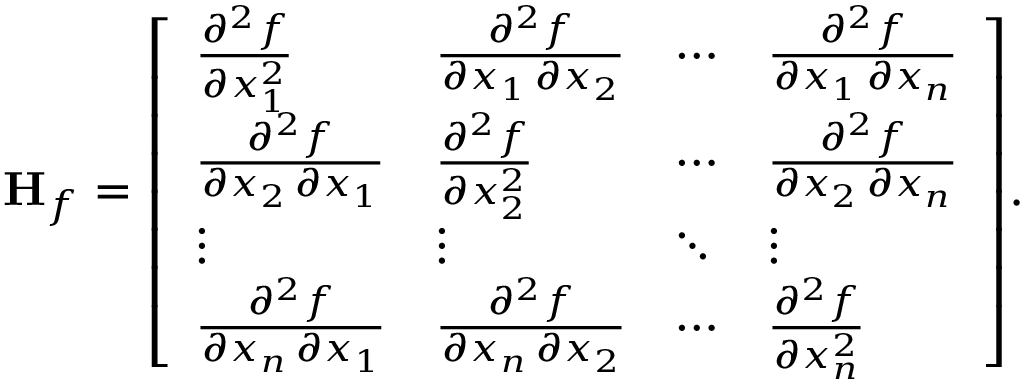
\mathbf { H } _ { f } = { \left[ \begin{array} { l l l l } { { \frac { \partial ^ { 2 } f } { \partial x _ { 1 } ^ { 2 } } } } & { { \frac { \partial ^ { 2 } f } { \partial x _ { 1 } \, \partial x _ { 2 } } } } & { \cdots } & { { \frac { \partial ^ { 2 } f } { \partial x _ { 1 } \, \partial x _ { n } } } } \\ { { \frac { \partial ^ { 2 } f } { \partial x _ { 2 } \, \partial x _ { 1 } } } } & { { \frac { \partial ^ { 2 } f } { \partial x _ { 2 } ^ { 2 } } } } & { \cdots } & { { \frac { \partial ^ { 2 } f } { \partial x _ { 2 } \, \partial x _ { n } } } } \\ { \vdots } & { \vdots } & { \ddots } & { \vdots } \\ { { \frac { \partial ^ { 2 } f } { \partial x _ { n } \, \partial x _ { 1 } } } } & { { \frac { \partial ^ { 2 } f } { \partial x _ { n } \, \partial x _ { 2 } } } } & { \cdots } & { { \frac { \partial ^ { 2 } f } { \partial x _ { n } ^ { 2 } } } } \end{array} \right] } .